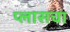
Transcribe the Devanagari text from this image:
प्लासचा